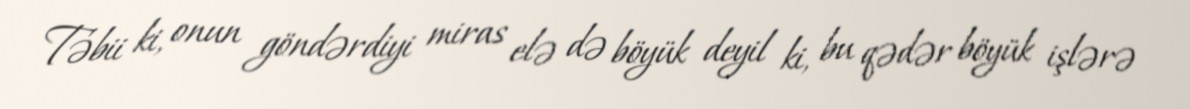
Təbii ki, onun göndərdiyi miras elə də böyük deyil ki, bu qədər böyük işlərə